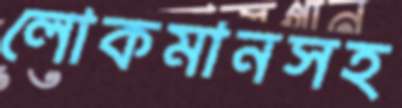
লোকমানসহ